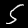
Digit: 5